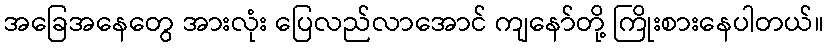
အခြေအနေတွေ အားလုံး ပြေလည်လာအောင် ကျနော်တို့ ကြိုးစားနေပါတယ်။